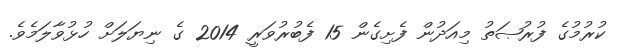
ކުރުމުގެ ފުރުޞަތު މިއަދުން ފެށިގެން 15 ފެބުރުވަރީ 2014 ގެ ނިޔަލަށް ހުޅުވާލަމެވެ.